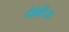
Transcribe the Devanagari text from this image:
पेक्टिक